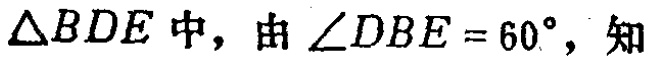
$\triangle BDE\text{中，由}\angle DBE = 60^{\circ}\text{，知}$